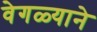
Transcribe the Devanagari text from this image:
वेगळ्याने